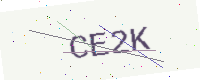
Text: CE2K